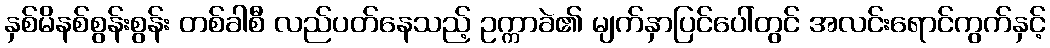
နှစ်မိနစ်စွန်းစွန်း တစ်ခါစီ လည်ပတ်နေသည့် ဥက္ကာခဲ၏ မျက်နှာပြင်ပေါ်တွင် အလင်းရောင်ကွက်နှင့်